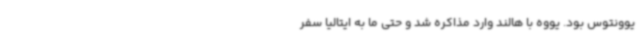
یوونتوس بود. یووه با هالند وارد مذاکره شد و حتی ما به ایتالیا سفر